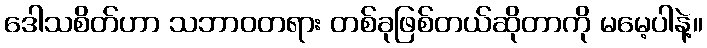
ဒေါသစိတ်ဟာ သဘာဝတရား တစ်ခုဖြစ်တယ်ဆိုတာကို မမေ့ပါနဲ့။